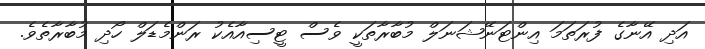
އަދި އޭނާގެ ފުރަތަމަ އިންޓަނޭޝަނަލް މުބާރާތަކީ ވެސް ޓީސިއާއެކު ރަންމެޑަލް ހޯދި މުބާރާތެވެ.